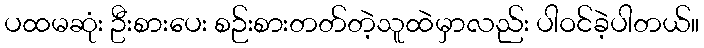
ပထမဆုံး ဦးစားပေး စဉ်းစားတတ်တဲ့သူထဲမှာလည်း ပါဝင်ခဲ့ပါတယ်။